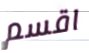
اقسم